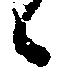
々